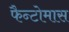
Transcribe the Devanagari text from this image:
फैन्टोमास